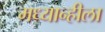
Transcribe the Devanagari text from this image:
मध्यान्हीला